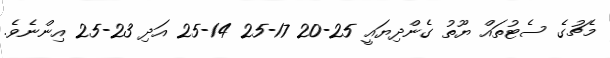
މެޗުގެ ސެޓުތައް ޔޫތު ގެންދިޔައީ 25-20 17-25 14-25 އަދި 23-25 އިންނެވެ.